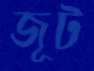
জূট